Annual report on the working of the mental hospitals in the Madras Presidency - 1912-1932
Year: 1912
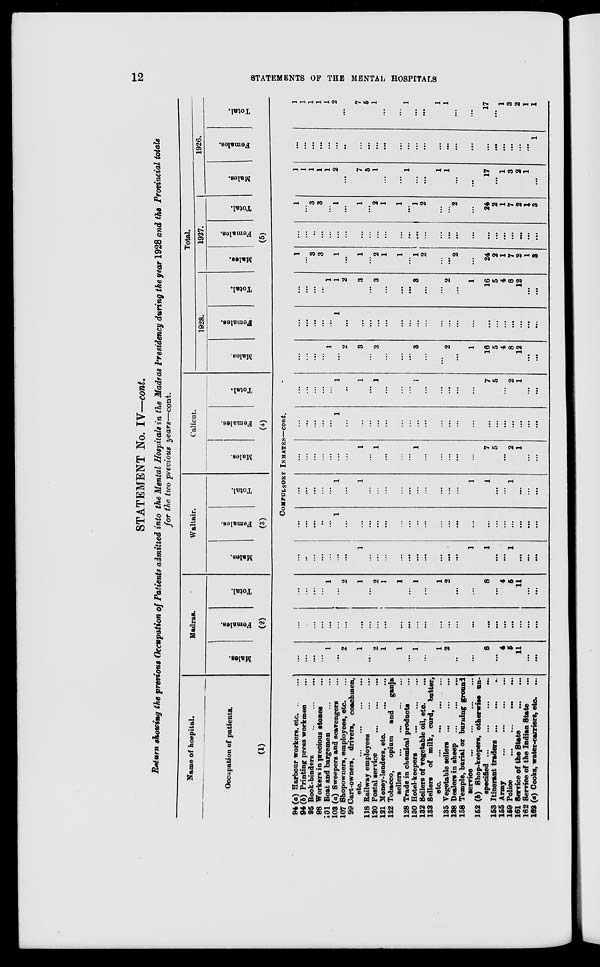
12
STATEMENTS OF THE MENTAL HOSPITALS
STATEMENT No. IV—cont.
Return showing the previous Occupation of Patients admitted into the Mental Hospitals in the Madras Presidency during the year 1928 and the Provincial totals
for the two previous years—cont.
Name of hospital.
Occupation of patients.
(1)
Madras.
Males.
Females.
Total.
(2)
Waltair.
Males.
Females.
Total.
(3)
Calicut.
Males.
Females.
Total.
(4)
Total.
1928.
Males.
Females.
Total.
1927.
Males.
Females.
Total.
1926.
Males.
Females.
Total.
(5)
COMPULSORY INMATES—cont.
94 (a) Harbour workers, etc... ...
94 (b) Printing press workmen ...
95 Book-binders
...
...
...
98 Workers in precious stones ...
101 Boat and bargemen ... ... ...
108 (a) Sweepers and scavengers ...
107 Shopowners, employees, etc. ...
99 Cart-owners, drivers, coachmen,
etc.
...
...
...
...
118 Railway employees
...
...
120 Postal service
...
...
...
121 Money-lenders, etc. ... ... ...
122 Tobacco,
opium
and
ganja
sellers
...
...
...
...
128 Trade in chemical products ...
130 Hotel-keepers
...
...
...
132 Sellers of vegetable oil, etc.
133 Sellers of milk, curd, butter,
etc.
...
...
...
...
...
135 Vegetable sellers
...
...
...
138 Dealers in sheep
...
...
...
158 Temple, burial or burning ground
Service
...
...
...
...
152 (b) Shop-keepers, otherwise un-
specified ...
...
...
...
153 Itinerant traders ... ... ...
155 Army
...
...
...
159 Police
...
... ... ...
161 Service of the State ... ... ...
162 Service of the Indian State ...
102 (a) Cooks, water-carriers, etc. ...
...
...
...
...
1
...
2
1
...
2
1
1
...
1
...
1
2
..
...
8
...
4
5
11
...
...
...
...
...
...
...
...
...
...
...
...
...
...
...
...
...
...
...
...
...
...
...
...
...
...
...
...
...
...
...
...
1
...
2
1
...
2
1
1
...
1
...
1
2
...
...
8
...
4
5
11
...
...
...
...
...
...
...
...
...
1
...
...
...
...
...
...
...
...
...
...
1
1
...
...
1
...
...
...
...
...
...
...
...
1
...
...
...
...
...
...
...
...
...
...
...
...
...
...
...
...
...
...
...
...
...
...
...
...
...
1
...
1
...
...
...
...
...
...
...
...
...
...
1
1
...
...
1
...
...
...
...
...
...
...
...
...
...
1
...
1
...
...
...
1
...
...
...
...
...
7
5
...
2
1
...
...
...
...
...
...
...
1
...
...
...
...
...
...
...
...
...
...
...
...
...
...
...
...
...
...
...
...
...
...
...
...
...
1
...
1
...
1
...
...
...
1
...
...
...
...
...
7
5
...
2
1
...
...
...
...
...
...
1
...
2
3
...
3
...
...
...
3
...
...
2
...
1
16
5
4
8
12
...
...
...
...
...
...
...
1
...
...
...
...
...
...
...
...
...
...
...
...
...
...
...
...
...
...
...
...
...
...
...
...
1
1
2
3
...
3
...
...
...
3
...
...
2
...
1
16
5
4
8
12
...
...
1
...
3
3
...
1
...
1
...
2
1
1
...
1
2
...
...
2
...
24
2
1
7
2
1
3
...
...
...
...
...
...
...
...
...
...
...
...
...
...
...
...
...
...
...
...
...
...
...
...
...
...
1
...
3
3
...
1
...
1
...
2
1
1
...
1
2
...
...
2
...
24
2
1
7
2
1
3
1
1
1
1
1
2
...
7
5
1
...
...
1
...
...
1
1
...
...
17
...
1
3
2
1
...
...
...
...
...
...
...
...
...
...
...
...
...
...
...
...
...
...
...
...
...
...
...
...
...
...
1
1
1
1
1
1
2
...
7
5
1
...
...
1
...
...
1
1
...
...
17
...
1
3
2
1
1